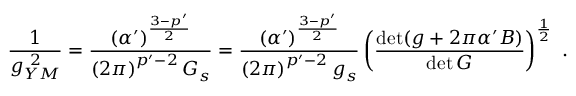
\frac { 1 } { g _ { Y M } ^ { \ 2 } } = \frac { \left( \alpha ^ { \prime } \right) ^ { \frac { 3 - p ^ { \prime } } { 2 } } } { \left( 2 \pi \right) ^ { p ^ { \prime } - 2 } G _ { s } } = \frac { \left( \alpha ^ { \prime } \right) ^ { \frac { 3 - p ^ { \prime } } { 2 } } } { \left( 2 \pi \right) ^ { p ^ { \prime } - 2 } g _ { s } } \left( \frac { \operatorname * { d e t } ( g + 2 \pi \alpha ^ { \prime } B ) } { \operatorname * { d e t } G } \right) ^ { \frac { 1 } { 2 } } ~ .